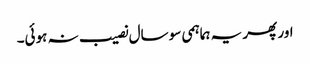
اور پھر یہ ہماہمی سو سال نصیب نہ ہوئی۔